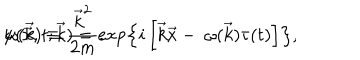
\psi ( \vec { x } , t ; \vec { k } ) = \exp \left\{ i \left[ \vec { k } \vec { x } - \ \omega ( \vec { k } ) \tau ( t ) \right] \right\} , \hspace { 1 c m } \omega ( \vec { k } ) \equiv \frac { { \vec { k } } ^ { 2 } } { 2 m } .